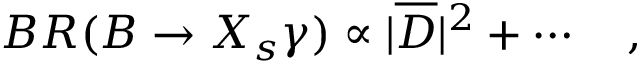
B R ( B \to X _ { s } \gamma ) \propto | \overline { { { D } } } | ^ { 2 } + \cdots \quad ,